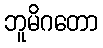
ဘူမိဂတော